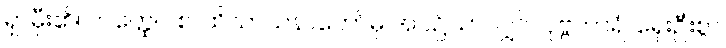
ရှာမှီး၏။ တတ္ထေဝ စ၊ ထိသာသနာတော်မှ အပ၌သာလျှင်။ ပုဗ္ဗကာရံ၊ ရှေးဦးစွာ